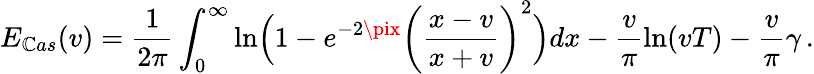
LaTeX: E_{\mathbb{C}as}(v)=\frac{{1}}{{2\pi}}\int_{0}^{\infty}\mathrm{{ln}}\Bigl(1-e^{-2\pix}\left(\frac{{x-v}}{{x+v}}\right)^{2}\Bigr)dx-\frac{{v}}{{\pi}}\mathrm{{ln}}(vT)-\frac{{v}}{{\pi}}\gamma\, .